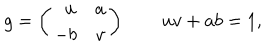
g = \left( \begin{array} { c c } { { \ \ u } } & { { a } } \\ { { - b } } & { { v } } \\ \end{array} \right) \qquad u v + a b = 1 ,